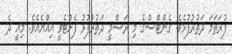
ފުރަތަމަ ދަތުރުފުޅެވެ. ގެންޓްސްގެ މި ރަސްމީ ދަތުރުފުޅު ފެށްޓެވީ އިއްޔެއެވެ. މިއީ ދެ